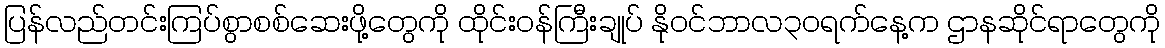
ပြန်လည်တင်းကြပ်စွာစစ်ဆေးဖို့တွေကို ထိုင်းဝန်ကြီးချုပ် နိုဝင်ဘာလ၃၀ရက်နေ့က ဌာနဆိုင်ရာတွေကို